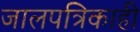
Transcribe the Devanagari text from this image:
जालपत्रिकाही